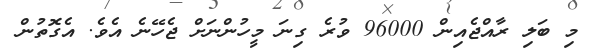
މި ބަލި ރާއްޖެއިން 96000 ވުރެ ގިނަ މީހުންނަށް ޖެހޭނެ އެވެ. އެގޮތުން